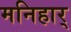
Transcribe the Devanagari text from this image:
मनिहार्